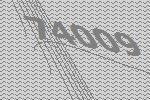
74009